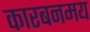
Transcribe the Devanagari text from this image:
कारबनमय